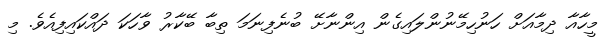
މީހާއާ ދިމާއަށް ހަނުހިމޭނުންލައިގެން އިންނާށޭ ބުނެފިނަމަ ތިބާ ބޭކާރު ވާހަކަ ދައްކައިފިއެވެ. މި